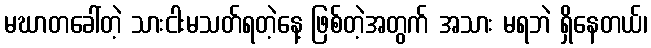
မဃာတခေါ်တဲ့ သားငါးမသတ်ရတဲ့နေ့ ဖြစ်တဲ့အတွက် အသား မရဘဲ ရှိနေတယ်၊